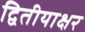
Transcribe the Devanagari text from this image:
द्वितीयाक्षर